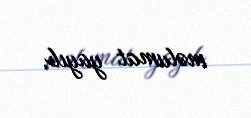
məlumat yayıb.